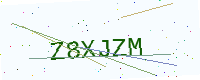
Text: Z8XJZM